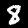
Digit: 8